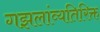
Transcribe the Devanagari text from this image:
गझलांव्यतिरिक्त